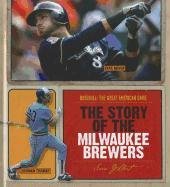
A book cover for The Story of the Milwaukee Brewers (Baseball: the Great American Game); Sara Gilbert; Teen & Young Adult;